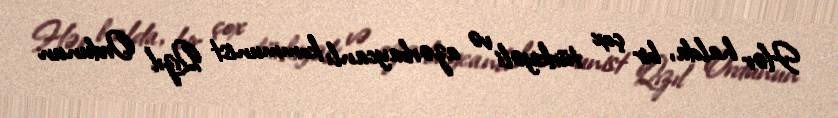
Hər halda, bir çox türkiyəli və azərbaycanlı kommunist Qızıl Ordunun